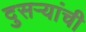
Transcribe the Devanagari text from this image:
दुसऱ्यांची